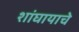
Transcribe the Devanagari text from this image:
शांघायाचे